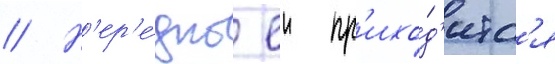
// Н'ер'е́дко еи пр'ихо́д'итс'я